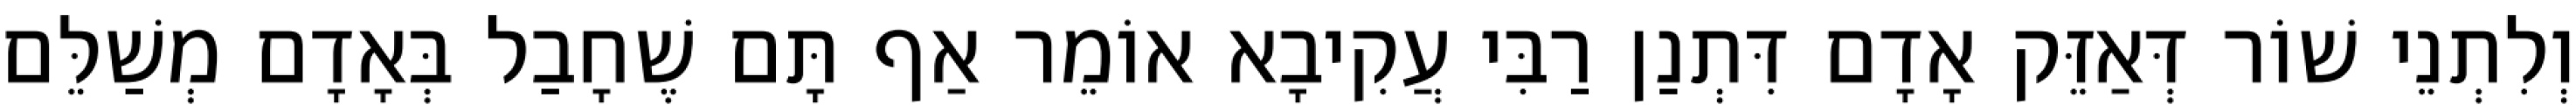
וְלִתְנֵי שׁוֹר דְּאַזֵּק אָדָם דִּתְנַן רַבִּי עֲקִיבָא אוֹמֵר אַף תָּם שֶׁחָבַל בְּאָדָם מְשַׁלֵּם